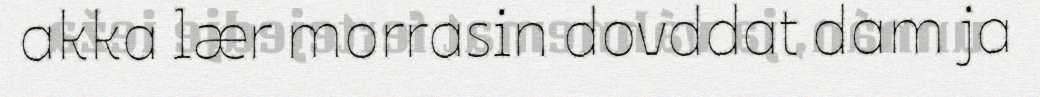
akka lær morrasin dovddat dam ja